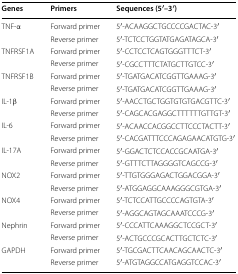
| Genes | Primers | Sequences (5′–3′) |
 | --- | --- | --- |
 | <ROWSPAN=2> TNF-α | Forward primer | 5′-ACAAGGCTGCCCCGACTAC-3′ |
 | Reverse primer | 5′-TCTCCTGGTATGAGATAGCA-3′ |
 | <ROWSPAN=2> TNFRSF1A | Forward primer | 5′-CCTCCTCAGTGGGTTTCT-3′ |
 | Reverse primer | 5′-CGCCTTTCTATGCTTGTCC-3′ |
 | <ROWSPAN=2> TNFRSF1B | Forward primer | 5′-TGATGACATCGGTTGAAAG-3′ |
 | Reverse primer | 5′-TGATGACATCGGTTGAAAG-3′ |
 | <ROWSPAN=2> IL-1β | Forward primer | 5′-AACCTGCTGGTGTGTGACGTTC-3′ |
 | Reverse primer | 5′-CAGCACGAGGCTTTTTTGTTGT-3′ |
 | <ROWSPAN=2> IL-6 | Forward primer | 5′-ACAACCACGGCCTTCCCTACTT-3′ |
 | Reverse primer | 5′-CACGATTTCCCAGAGAACATGTG-3′ |
 | <ROWSPAN=2> IL-17A | Forward primer | 5′-GGACTCTCCACCGCAATGA-3′ |
 | Reverse primer | 5′-GTTTCTTAGGGGTCAGCCG-3′ |
 | <ROWSPAN=2> NOX2 | Forward primer | 5′-TTGTGGGAGACTGGACGGA-3′ |
 | Reverse primer | 5′-ATGGAGGCAAAGGGCGTGA-3′ |
 | <ROWSPAN=2> NOX4 | Forward primer | 5′-TCTCCATTGCCCCAGTGTA-3′ |
 | Reverse primer | 5′-AGGCAGTAGCAAATCCCG-3′ |
 | <ROWSPAN=2> Nephrin | Forward primer | 5′-CCCATTCAAAGGCTCCGCT-3′ |
 | Reverse primer | 5′-ACTGCCCGCACTTGCTCTC-3′ |
 | <ROWSPAN=2> GAPDH | Forward primer | 5′-TGCGACTTCAACAGCAACTC-3′ |
 | Reverse primer | 5′-ATGTAGGCCATGAGGTCCAC-3′ |